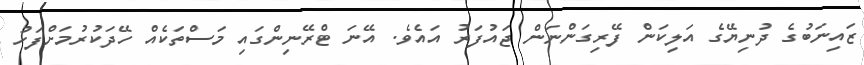
ޒައިނަބުގެ ދުނިޔޭގެ އަލިކަން ފޭރިގަންނަން ޖައުފަރު އައެވެ. އޭނަ ޓްރޭނިންގައި މަސްތަކެއް ހޭދަކުރުމަށްފަހު